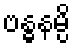
ဗန္ဓနမ္ပိ